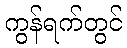
ကွန်ရက်တွင်